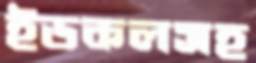
ইডকলসহ